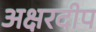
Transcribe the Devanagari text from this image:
अक्षरदीप